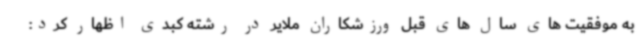
به موفقیت های سال های قبل ورزشکاران ملایر در رشته کبدی اظهار کرد: